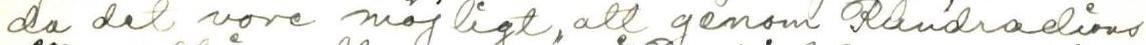
da det vore möjligt, att genom Rundradions